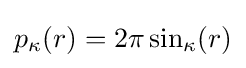
p_{\kappa }(r)=2\pi \sin _{\kappa }(r)